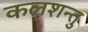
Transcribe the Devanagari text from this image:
कलशन्तु